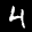
Label: 4